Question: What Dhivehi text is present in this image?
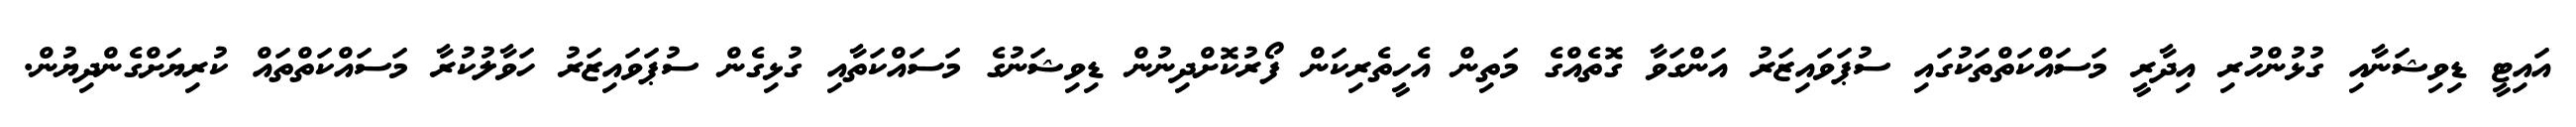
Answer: އައިޓީ ޑިވިޝަނާއި ގުޅުންހުރި އިދާރީ މަސައްކަތްތަކުގައި ސުޕަވައިޒަރު އަންގަވާ ގޮތެއްގެ މަތިން އެހީތެރިކަން ފޯރުކޮށްދިނުން ޑިވިޝަނުގެ މަސައްކަތާއި ގުޅިގެން ސުޕަވައިޒަރު ހަވާލުކުރާ މަސައްކަތްތައް ކުރިޔަށްގެންދިޔުން.